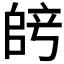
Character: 𫡞